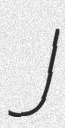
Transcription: J